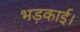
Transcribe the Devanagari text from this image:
भड़काई।